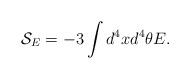
LaTeX: \begin{align*}{\mathcal{S}}_{E}=-3\int{d^{4}xd^{4}\theta E}.\end{align*}